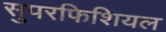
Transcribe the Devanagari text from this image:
सुपरफिशियल